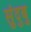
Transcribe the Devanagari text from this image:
सुंदुबु